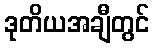
ဒုတိယအချီတွင်